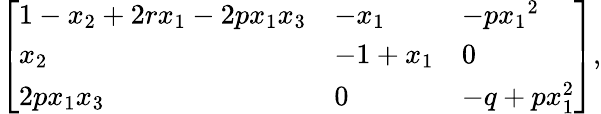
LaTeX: \left[\begin{array}{lll}{1-{x}_{2}+2{r}{{x}_{1}}-2{p}{{x}_{1}}{{x}_{3}}}&{{-{x}_{1}}}&{{-p}{{x}_{1}}^{2}}\\ {{{x}_{2}}}&{{-1+{x}_{1}}}&{{0}}\\ {2{p}{{x}_{1}}{{x}_{3}}}&{{0}}&{-q+{p}{x}_{1}^{2}}\end{array}\right],